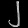
Digit: ၂